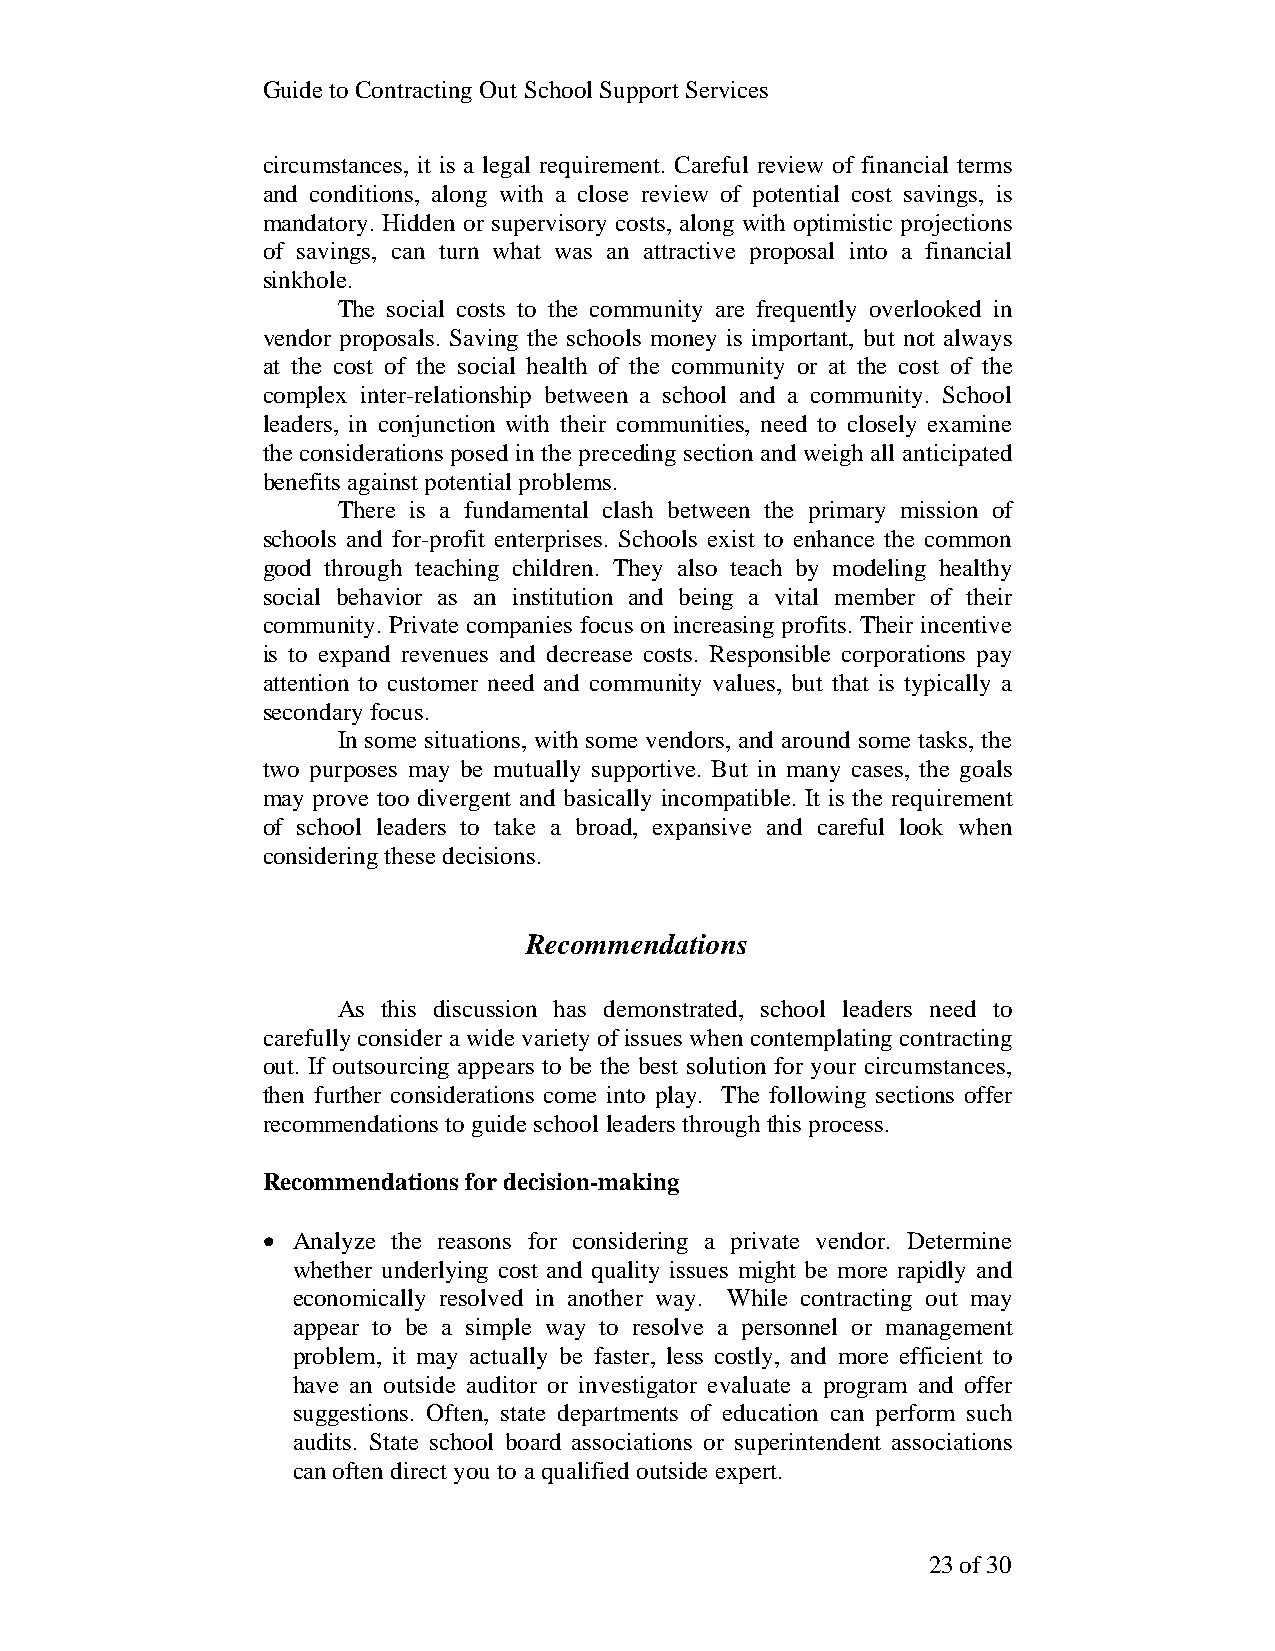
Guide to Contracting Out School Support Services
 circumstances, it is a legal requirement. Careful review of financial terms
 and conditions, along with a close review of potential cost savings, is
 mandatory. Hidden or supervisory costs, along with optimistic projections
 of savings, can turn what was an attractive proposal into a financial
 sinkhole.
 The social costs to the community are frequently overlooked in
 vendor proposals. Saving the schools money is important, but not always
 at the cost of the social health of the community or at the cost of the
 complex inter-relationship between a school and a community. School
 leaders, in conjunction with their communities, need to closely examine
 the considerations posed in the preceding section and weigh all anticipated
 benefits against potential problems.
 There is a fundamental clash between the primary mission of
 schools and for-profit enterprises. Schools exist to enhance the common
 good through teaching children. They also teach by modeling healthy
 social behavior as an institution and being a vital member of their
 community. Private companies focus on increasing profits. Their incentive
 is to expand revenues and decrease costs. Responsible corporations pay
 attention to customer need and community values, but that is typically a
 secondary focus.
 In some situations, with some vendors, and around some tasks, the
 two purposes may be mutually supportive. But in many cases, the goals
 may prove too divergent and basically incompatible. It is the requirement
 of school leaders to take a broad, expansive and careful look when
 considering these decisions.
 Recommendations
 As this discussion has demonstrated, school leaders need to
 carefully consider a wide variety of issues when contemplating contracting
 out. If outsourcing appears to be the best solution for your circumstances,
 then further considerations come into play. The following sections offer
 recommendations to guide school leaders through this process.
 Recommendations for decision-making
 • Analyze the reasons for considering a private vendor. Determine
 whether underlying cost and quality issues might be more rapidly and
 economically resolved in another way. While contracting out may
 appear to be a simple way to resolve a personnel or management
 problem, it may actually be faster, less costly, and more efficient to
 have an outside auditor or investigator evaluate a program and offer
 suggestions. Often, state departments of education can perform such
 audits. State school board associations or superintendent associations
 can often direct you to a qualified outside expert.
 23 of 30